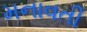
મનાવતી